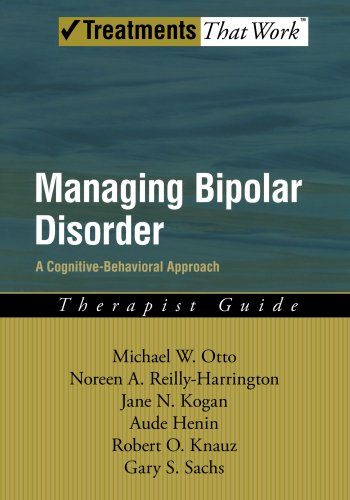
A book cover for Managing Bipolar Disorder: A Cognitive Behavior Treatment Program Therapist Guide (Treatments That Work); Michael Otto; Health, Fitness & Dieting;